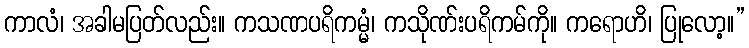
ကာလံ၊ အခါမပြတ်လည်း။ ကသဏပရိကမ္မံ၊ ကသိုဏ်းပရိကမ်ကို။ ကရောဟိ၊ ပြုလော့။”